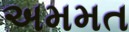
અમમત